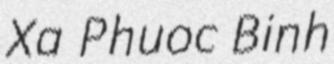
Xa Phuoc Binh